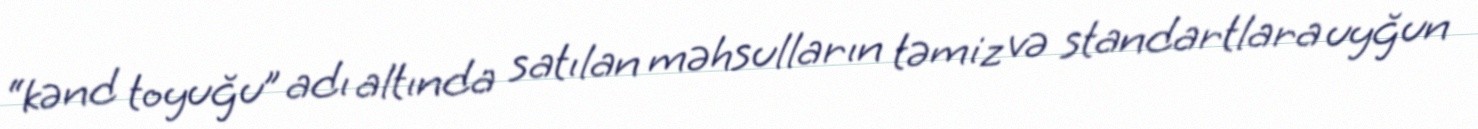
“kənd toyuğu” adı altında satılan məhsulların təmiz və standartlara uyğun